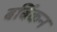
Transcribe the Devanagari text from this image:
बर्बिकन